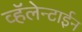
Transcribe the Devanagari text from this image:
व्हॅलेन्टाईन